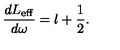
\frac { d L _ { \mathrm { e f f } } } { d \omega } = l + \frac { 1 } { 2 } .